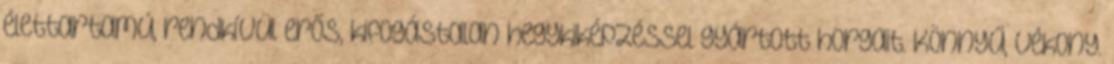
élettartamú, rendkívül erős, kifogástalan hegykiképzéssel gyártott horgait. Könnyű, vékony.